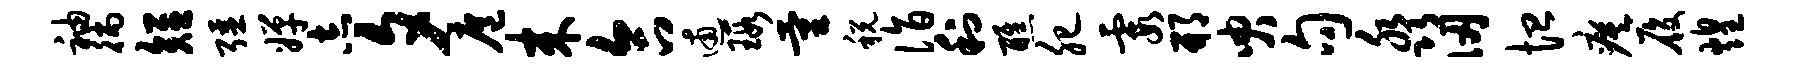
袖徜短强婵志夕扈来合逋瑕量税诣利醮肥霞邢臾句淼仞恤瘼履煌